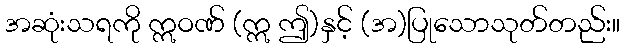
အဆုံးသရကို ဣဝဏ် (ဣ ဤ)နှင့် (အ)ပြုသောသုတ်တည်း။